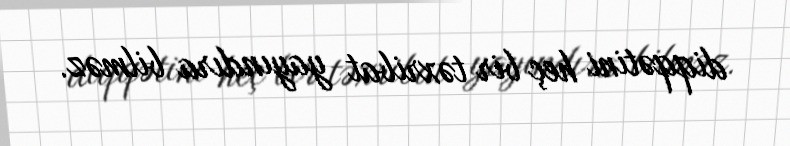
diqqətini heç bir təxribat yayındıra bilməz.